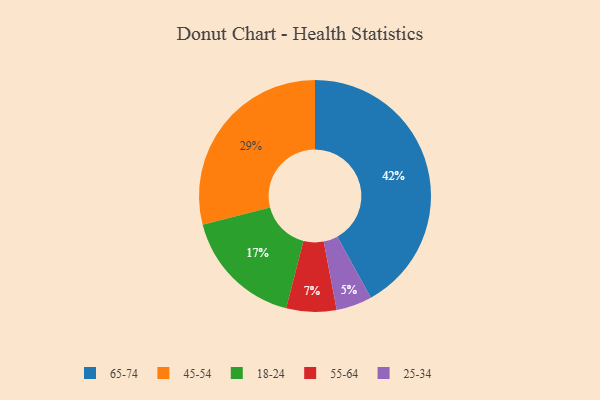
{"axis": {"x": "Category", "y": "Percentage"}, "legend": ["18-24", "25-34", "45-54", "55-64", "65-74"], "data": [{"x": "65-74", "y": 42, "type": "65-74"}, {"x": "45-54", "y": 29, "type": "45-54"}, {"x": "18-24", "y": 17, "type": "18-24"}, {"x": "55-64", "y": 7, "type": "55-64"}, {"x": "25-34", "y": 5, "type": "25-34"}]}